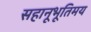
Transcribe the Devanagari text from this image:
सहानूभूतिमय